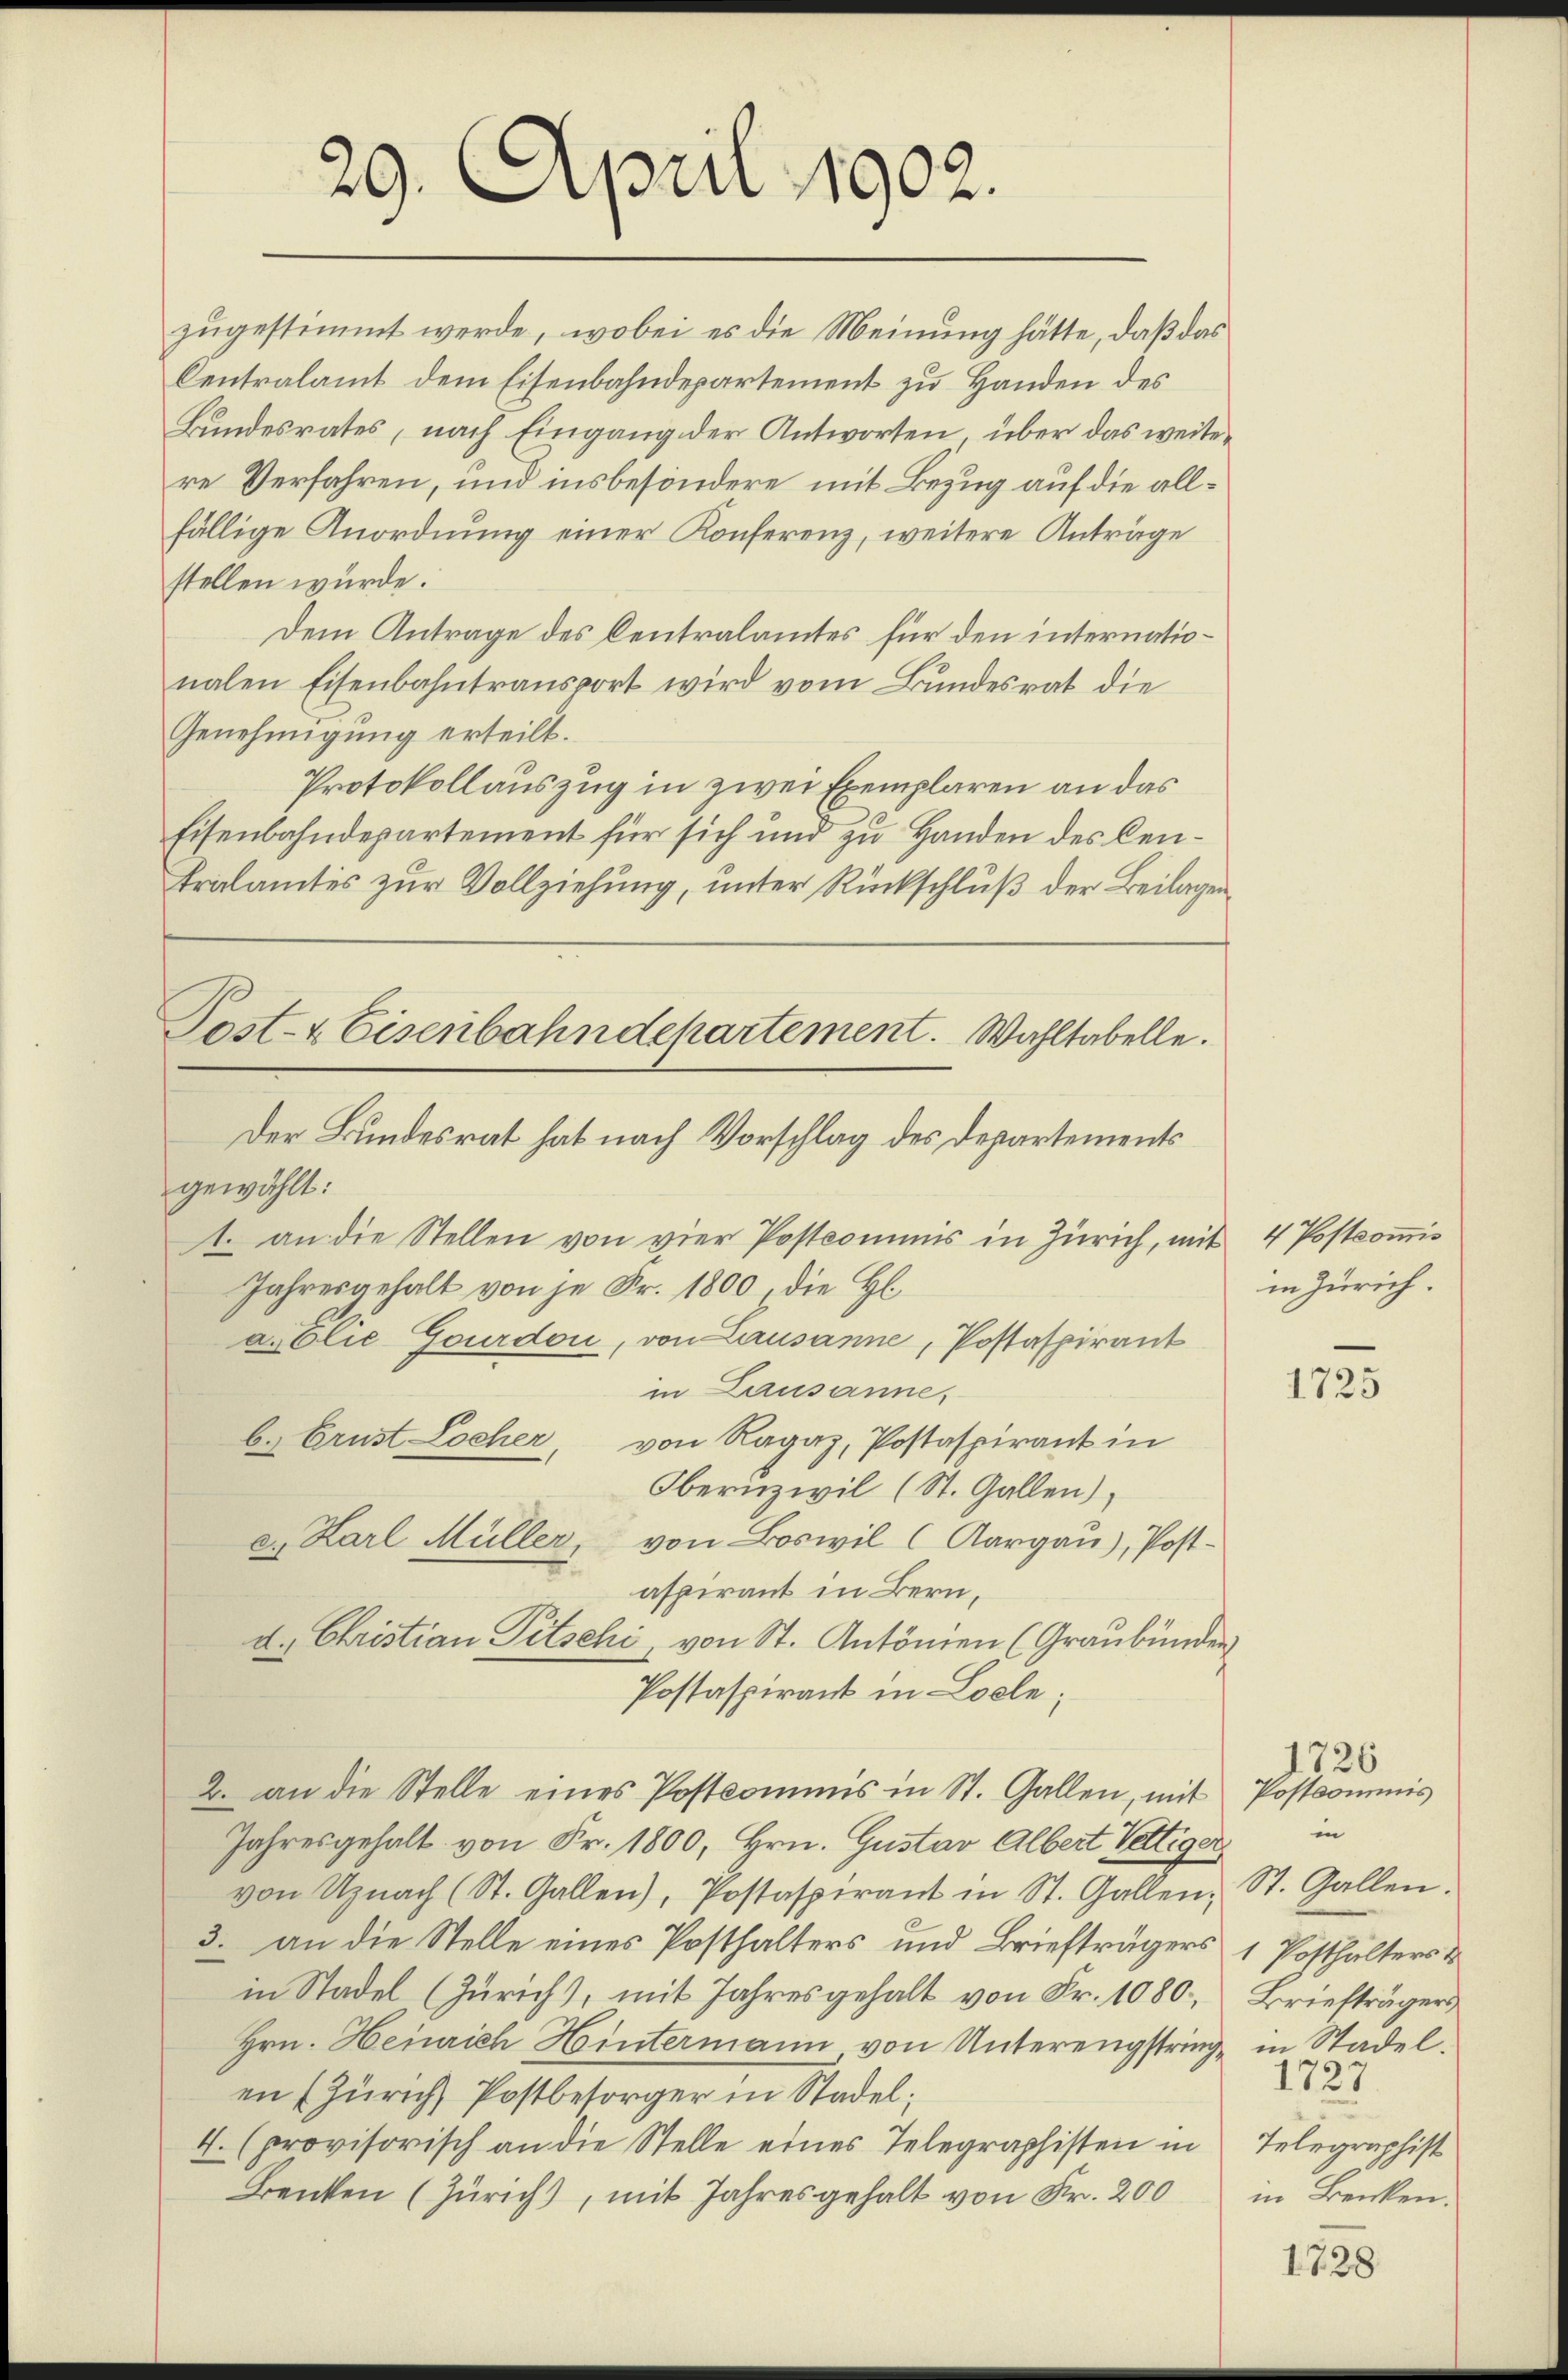
29. April 1902.

zugestimmt werde, wobei es die Meinung hätte, daß das
Centralamt dem Eisenbahndepartement zu Handen des
Bŭndesrates, nach Eingang der Antworten über das weiter
re Verfahren, und insbesondere mit Bezug auf die allfällige Anordnung einer Konferenz, weitere Anträge
stellen würde.
Dem Antrage des Centralamtes für den internationalen Eisenbahntransport wird vom Bundesrat die
Genehmigung erteilt.
Protokollauszug in zwei Exemplaren an das
Eisenbahndepartement für sich und zu Handen des Cen¬
Pralamtes zur Vollziehung, unter Rückschluß der Beilagen

Post- & Eisenbahndchartement. Wahltabelle.
Der Bundesrat hat nach Vorschlag des Departements

gewählt:
1. an die Stellen von vier Postkommis in Zürich, mit 4 Postcomis
Jahresgehalt von je Fr. 1800, die H.
axElie Gourdon, von Lausanne, Postaspirant
in Lausanne,
b.) Ernst Locher, von Ragaz, Postaspirant in
Obernzivil (St. Gallen),
a. Karl Müller, von Boswil (Aargaŭ), Post-
aspirant in Bern,
d. Christian Pitschi, von St. Antönien (Graubünden
Postaspirant in Locle;
2. an die Stelle eines Postkommis in St. Gallen, mit
Jahresgehalt von Fr. 1800, Hrn. Gustav Albert Vettiger
von Uznach (St. Gallen), Postaspirant in St. Gallen,
3. an die Stelle eines Posthalters und Briefträgers
in Stadel (Zürich), mit Jahresgehalt von Fr. 1080,
Hrn. Heinrich Hintermann von Unterengstring in Stadel.
en (Zürich, Postbesorger in Stadel¬
4. (provisorisch an die Stelle eines Telegraphisten in
Benken (Zürich), mit Jahresgehalt von Fr. 200

in Zürich.

1725

1726
Postkommnis
in
St. Gallen:
1 Posthalters &
Briefträgers
1727
Telegraphist
in Benken.

1728